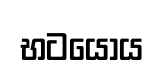
භටයෝය